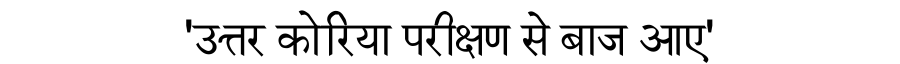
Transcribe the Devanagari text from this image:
'उत्तर कोरिया परीक्षण से बाज आए'